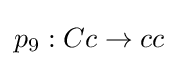
p_{9}:Cc\rightarrow cc